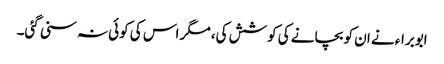
ابوبراء نے ان کو بچانے کی کوشش کی، مگر اس کی کوئی نہ سنی گئی۔